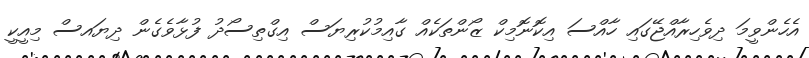
އެހެންވީމަ ދިވެހިރާއްޖޭގައި ހާއްސަ އިކޮނޮމިކް ޒޯންތަކެއް ގާއިމުކުރިޔަސް އިގްތިސޯދު ފުޅާވެގެން ދިޔައސް މިއީކީ